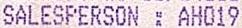
SALESPERSON : AH019